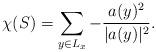
LaTeX: \begin{align*}\chi(S)=\sum_{y\in L_x} -\frac{a(y)^2}{\vert a(y)\vert^2}.\end{align*}